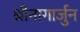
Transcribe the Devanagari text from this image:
श्रीनागार्जुन